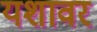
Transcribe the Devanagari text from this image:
यशावर